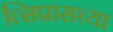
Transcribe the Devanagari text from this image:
त्सिप्रासच्या